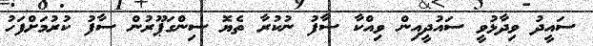
ސައީދު ވިދާޅުވީ ސައުދީއިން ވިއްކާ ސާފު ނުކުރާ ތެޔޮ ސިންގަޕޫރުން ސާފު ކުރުމަށްފަހު